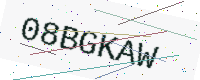
Text: 08BGKAW